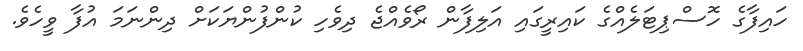
ހައިފާގެ ހޮސްޕިޓަލެއްގެ ކައިރީގައި އަލިފާން ރޯވެއްޖެ ދިވެހި ކުންފުންޔަކަށް ދިންނަމަ އުފާ ވީހެވެ.